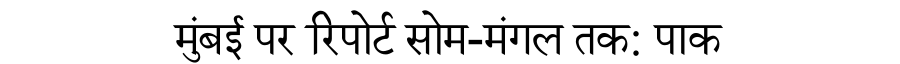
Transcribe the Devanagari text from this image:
मुंबई पर रिपोर्ट सोम-मंगल तक: पाक